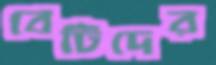
বেটিদের